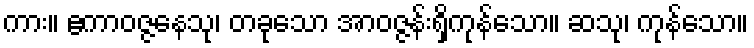
ကား။ ဧကာဝဇ္ဇနေသု၊ တခုသော အာဝဇ္ဇန်းရှိကုန်သော။ ဆသု၊ ကုန်သော။